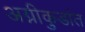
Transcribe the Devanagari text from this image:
अग्नीकुडांत